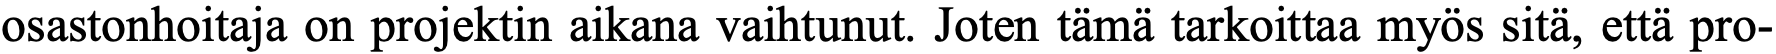
osastonhoitaja on projektin aikana vaihtunut. Joten tämä tarkoittaa myös sitä, että pro-